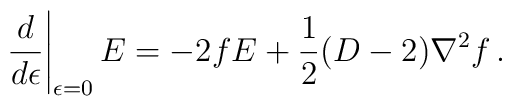
\left. \frac{d}{d\epsilon} \right|_{\epsilon =0} E = -2fE +\frac 12 (D-2)\nabla^2 f \,.